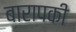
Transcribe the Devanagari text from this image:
बारापकी